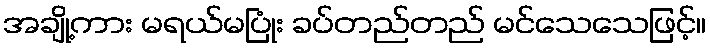
အချို့ကား မရယ်မပြုံး ခပ်တည်တည် မင်သေသေဖြင့်။